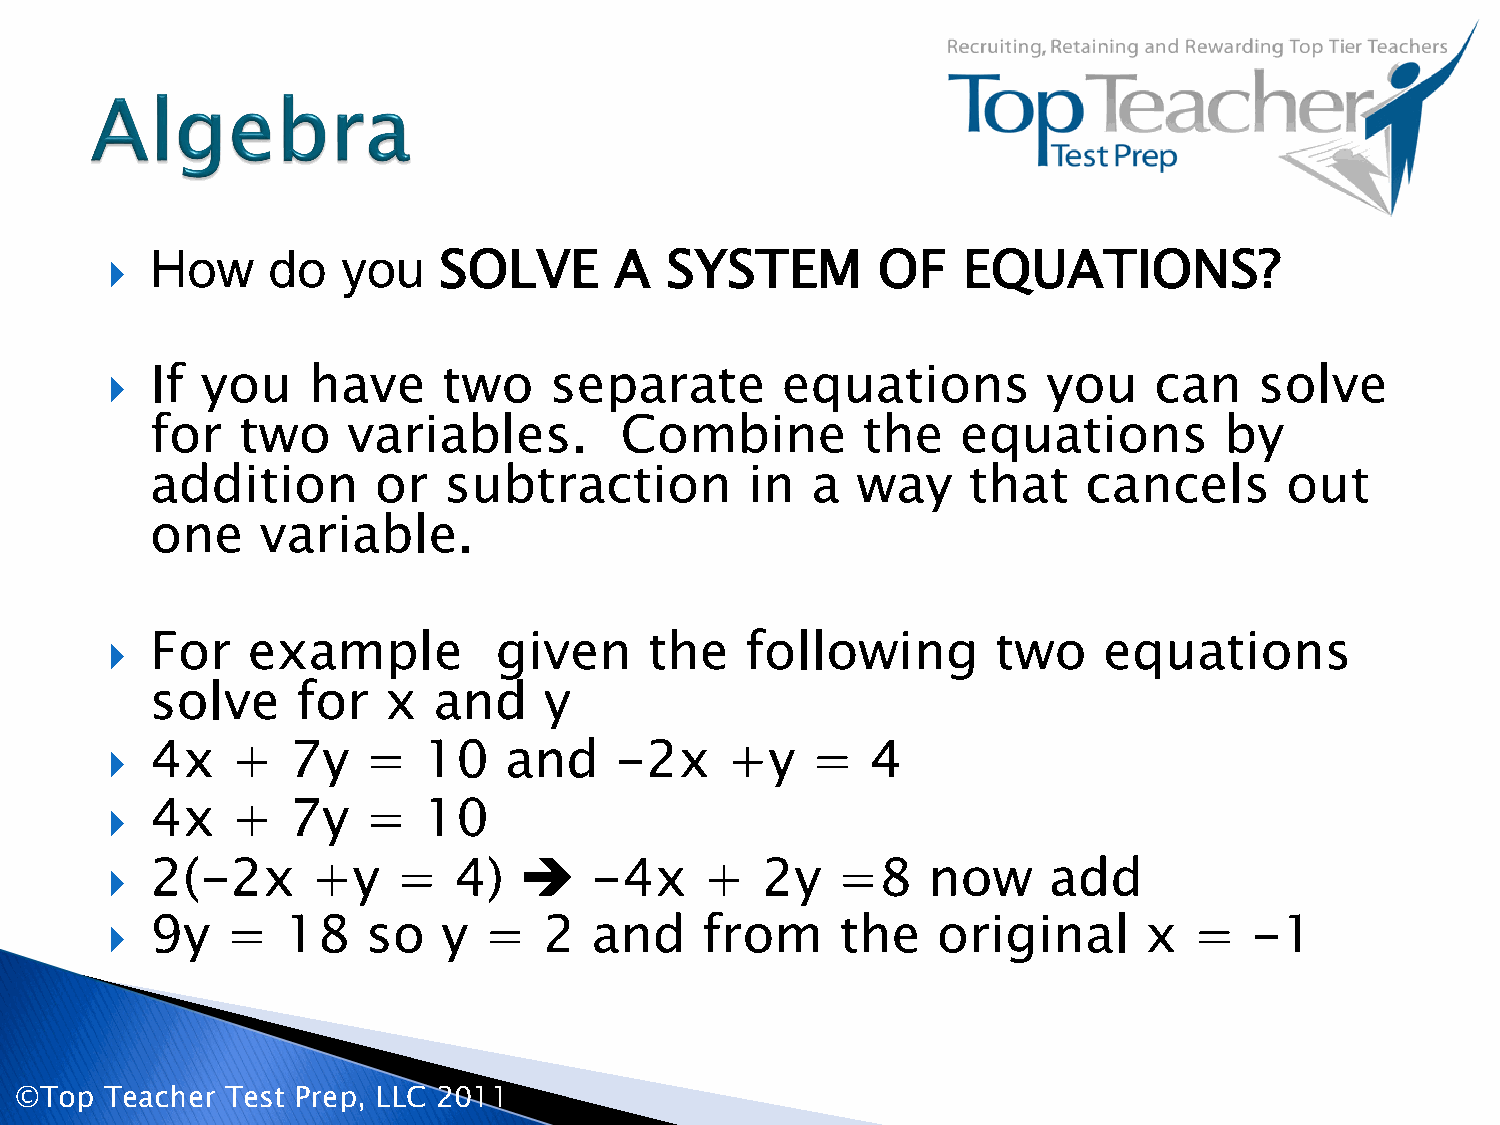
  How     do   you   SOLVE       A  SYSTEM        OF    EQUATIONS?
   If you    have     two    separate        equations        you    can    solve
 for   two    variables.        Combine         the    equations        by
 addition       or  subtraction         in   a  way    that    cancels      out
 one    variable.
   For   example          given     the   following        two    equations
 solve     for  x   and    y
   4x   +   7y   =   10   and     -2x    +y    =   4
   4x   +   7y   =   10
 
   2(-2x      +y   =   4)       -4x     +  2y   =8    now     add
   9y   =   18   so   y  =   2  and    from      the   original      x  =   -1
 ©Top  Teacher Test Prep, LLC 2011